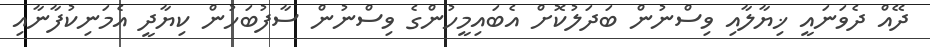
ދޭއް ދެވަނައީ ޚިޔާލާއި ވިސްނުން ބަދަލުކޮށް އެބައިމީހުންގެ ވިސްނުން ސާފުބަހުން ކިޔާދީ އެމަނިކުފާނާއި